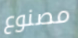
مصنوع